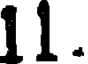
11.